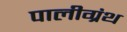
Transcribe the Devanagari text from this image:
पालीग्रंथ